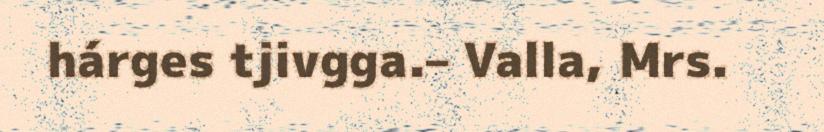
hárges tjivgga.– Valla, Mrs.